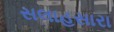
સલાહસારા